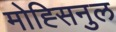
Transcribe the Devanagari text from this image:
मोह्सिनुल